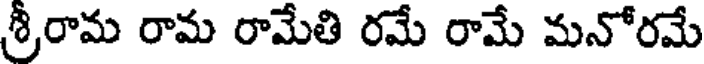
శ్రీరామ రామ రామేతి రమే రామే మనోరమే